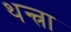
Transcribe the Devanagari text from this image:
थन्त्रा